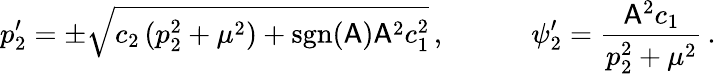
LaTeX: p_{2}^{\prime}=\pm\sqrt{c_{2}\, (p_{2}^{2}+\mu^{2})+\mathrm{sgn}(\mathsf{A})\mathsf{A}^{2}c_{1}^{2}}\, ,\qquad\quad\psi_{2}^{\prime}=\frac{\mathsf{A}^{2}c_{1}}{p_{2}^{2}+\mu^{2}}\, .